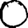
Digit: 0